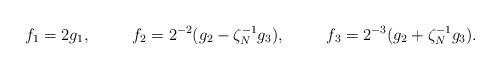
LaTeX: \begin{align*} f_1 &= 2g_1,& f_2 &= 2^{-2}(g_2 - \zeta_N^{-1}g_3), &f_3 &= 2^{-3}(g_2 + \zeta_N^{-1}g_3).\end{align*}